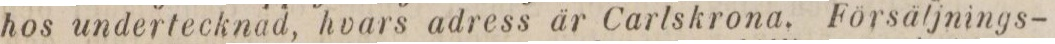
hos undertecknad, hvars adress är Carlskrona. Försäljnings-